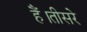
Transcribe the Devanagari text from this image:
हैं।तीसरे